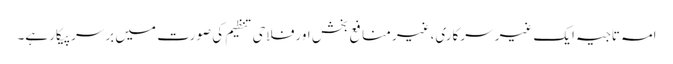
امہ تاجیہ ایک غیر سرکاری،غیر منافع بخش اورفلاحی تنظیم کی صورت میں برسرپیکار ہے۔